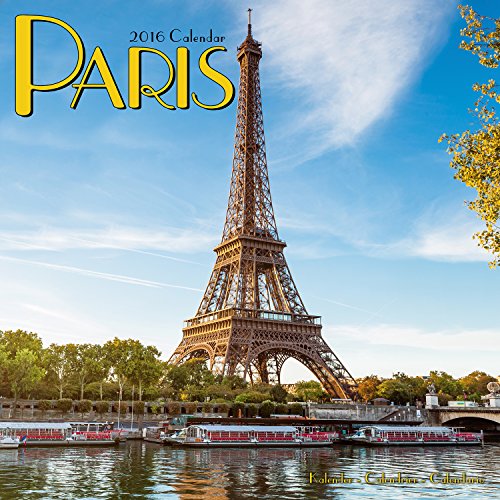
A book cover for Paris Calendar - 2016 Wall Calendars - Photo Calendar - Monthly Wall Calendar by Avonside; MegaCalendars; Calendars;